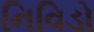
નિવિડો